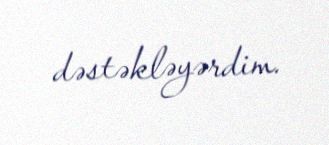
dəstəkləyərdim.